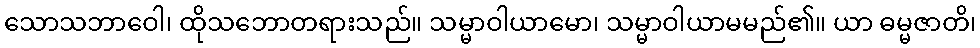
သောသဘာဝေါ၊ ထိုသဘောတရားသည်။ သမ္မာဝါယာမော၊ သမ္မာဝါယာမမည်၏။ ယာ ဓမ္မဇာတိ၊